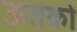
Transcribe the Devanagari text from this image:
ऊतको